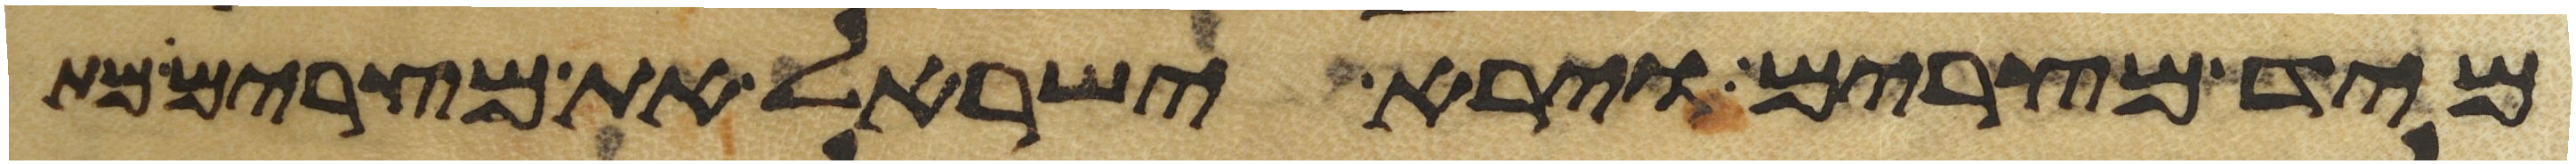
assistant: מיד מצרים וירא ישראל את מצרים מת